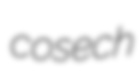
cosech